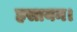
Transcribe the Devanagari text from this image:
हसायन।